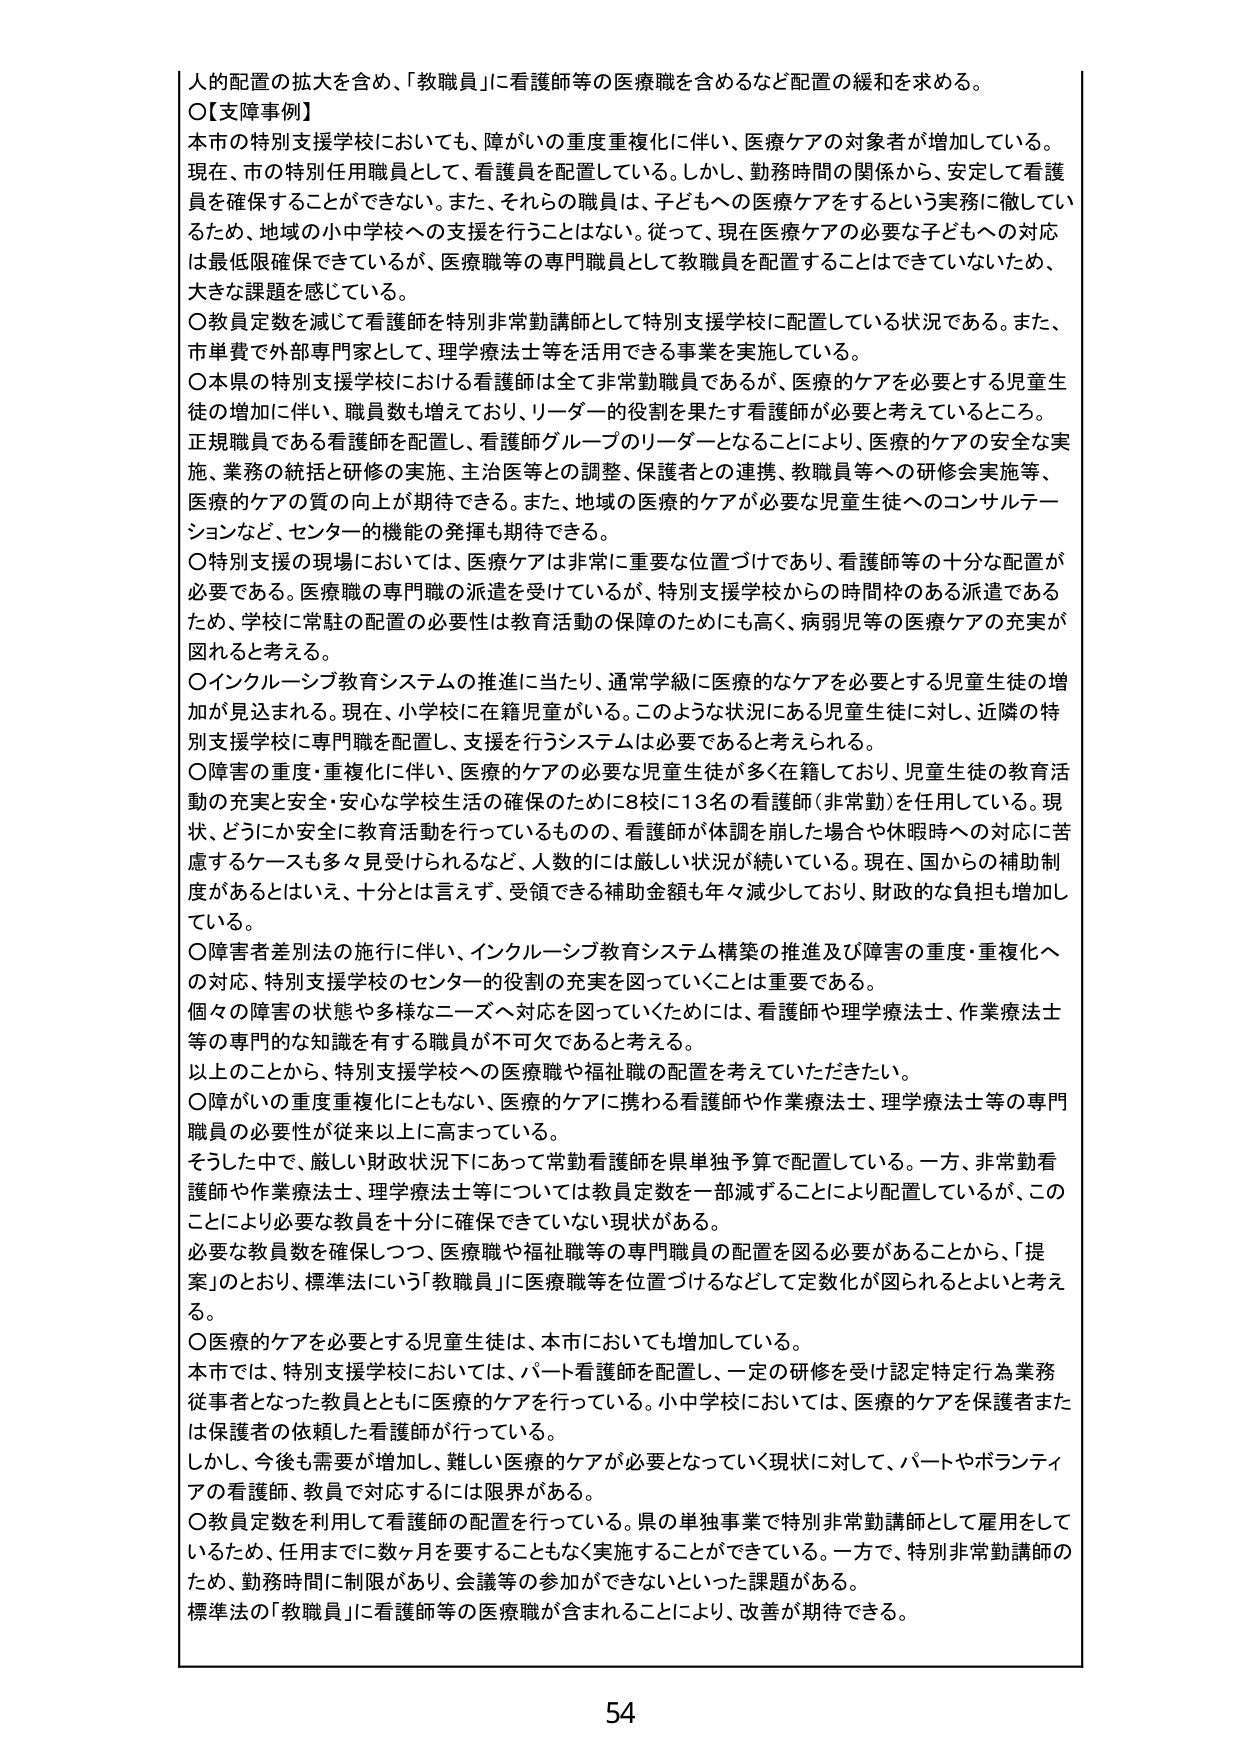
人的配置の拡大を含め、「教職員」に看護師等の医療職を含めるなど配置の緩和を求める。

○【支障事例】
本市の特別支援学校においても、障がいの重度重複化に伴い、医療ケアの対象者が増加している。現在、市の特別任用職員として、看護員を配置している。しかし、勤務時間の関係から、安定して看護員を確保することができない。また、それらの職員は、子どもへの医療ケアをするという実務に徹しているため、地域の小中学校への支援を行うことはない。従って、現在医療ケアの必要な子どもへの対応は最低限確保できているが、医療職等の専門職員として教職員を配置することはできていないため、大きな課題を感じている。

○教員定数を減じて看護師を特別非常勤講師として特別支援学校に配置している状況である。また、市単費で外部専門家として、理学療法士等を活用できる事業を実施している。

○本県の特別支援学校においても看護師は全て非常勤職員であるが、医療的ケアを必要とする児童生徒の増加に伴い、職員数も増えており、リーダー的役割を果たす看護師が必要と考えているところ。正規職員である看護師を配置し、看護師グループのリーダーとなることにより、医療的ケアの安全な実施、業務の統括と研修の実施、主治医等との調整、保護者との連携、教職員等への研修会実施等、医療的ケアの質の向上が期待できる。また、地域の医療的ケアが必要な児童生徒へのコンサルテーションなど、センター的機能の発揮も期待できる。

○特別支援の現場においては、医療ケアは非常に重要な位置づけであり、看護師等の十分な配置が必要である。医療職の専門職の派遣を受けているが、特別支援学校からの時間枠のある派遣であるため、学校に常駐の配置の必要性は教育活動の保障のためにも高く、病弱児等の医療ケアの充実が図れると考える。

○インクルーシブ教育システムの推進に当たり、通常学級に医療的なケアを必要とする児童生徒の増加が見込まれる。現在、小学校に在籍児童がいる。このような状況にある児童生徒に対し、近隣の特別支援学校に専門職を配置し、支援を行うシステムは必要であると考えられる。

○障害の重度・重複化に伴い、医療的ケアの必要な児童生徒が多く在籍しており、児童生徒の教育活動の充実と安全・安心な学校生活の確保のために8校に13名の看護師（非常勤）を任用している。現状、どうにか安全に教育活動を行っているものの、看護師が休調を崩した場合や休暇時への対応に苦慮するケースも多く見受けられるなど、人数的には厳しい状況が続いている。現在、国からの補助制度があるとはいえ、十分とは言えず、受領できる補助金額も年々減少しており、財政的な負担も増加している。

○障害者差別法の施行に伴い、インクルーシブ教育システム構築の推進及び障害の重度・重複化への対応、特別支援学校のセンター的役割の充実を図っていくことは重要である。個々の障害の状態や多様なニーズへ対応を図っていくためには、看護師や理学療法士、作業療法士等の専門的な知識を有する職員が不可欠であると考える。

以上のことから、特別支援学校への医療職や福祉職の配置を考えていただきたい。

○障がいの重度重複化にともない、医療的ケアに携わる看護師や作業療法士、理学療法士等の専門職員の必要性が従来以上に高まっている。

そうした中で、厳しい財政状況下にあって常勤看護師を県単独予算で配置している。一方、非常勤看護師や作業療法士、理学療法士等については教員定数を一部減ずることにより配置しているが、このことにより必要な教員を十分に確保できていない現状がある。

必要な教員数を確保しつつ、医療職や福祉職等の専門職員の配置を図る必要があることから、「提案」のとおり、標準法にいう「教職員」に医療職等を位置づけるなどして定数化が図られるようと考える。

○医療的ケアを必要とする児童生徒は、本市においても増加している。
本市では、特別支援学校においては、パート看護師を配置し、一定の研修を受け認定特定行為業務従事者となった教員とともに医療的ケアを行っている。小中学校においては、医療的ケアを保護者または保護者の依頼した看護師が行っている。
しかし、今後も需要が増加し、難しい医療的ケアが必要となっていく現状に対して、パートやボランティアの看護師、教員で対応するには限界がある。

○教員定数を利用して看護師の配置を行っている。県の単独事業で特別非常勤講師として雇用をしているため、任用までに数ヶ月を要することもなく実施することができる。一方で、特別非常勤講師のため、勤務時間に制限があり、会議等の参加ができないといった課題がある。
標準法の「教職員」に看護師等の医療職が含まれることにより、改善が期待できる。

54